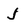
Character: J